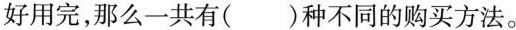
好用完，那么一共有()种不同的购买方法。